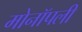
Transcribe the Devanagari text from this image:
मोनॉपली